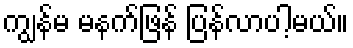
ကျွန်မ မနက်ဖြန် ပြန်လာပါ့မယ်။